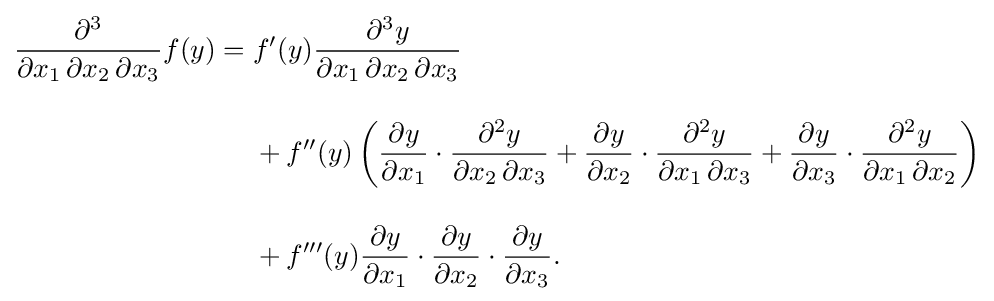
{\begin{aligned}{\partial ^{3} \over \partial x_{1}\,\partial x_{2}\,\partial x_{3}}f(y)={}&f'(y){\partial ^{3}y \over \partial x_{1}\,\partial x_{2}\,\partial x_{3}}\\[10pt]&{}+f''(y)\left({\partial y \over \partial x_{1}}\cdot {\partial ^{2}y \over \partial x_{2}\,\partial x_{3}}+{\partial y \over \partial x_{2}}\cdot {\partial ^{2}y \over \partial x_{1}\,\partial x_{3}}+{\partial y \over \partial x_{3}}\cdot {\partial ^{2}y \over \partial x_{1}\,\partial x_{2}}\right)\\[10pt]&{}+f'''(y){\partial y \over \partial x_{1}}\cdot {\partial y \over \partial x_{2}}\cdot {\partial y \over \partial x_{3}}.\end{aligned}}